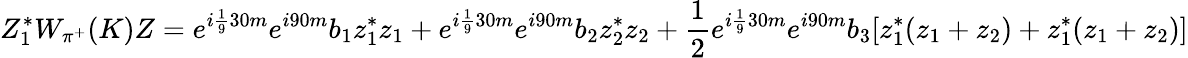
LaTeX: Z_{1}^{*}W_{\pi^{+}}(K)Z=e^{i\frac 1930m}e^{i90m}b_{1}z_{1}^{*}z_{1}+e^{i\frac 1930m}e^{i90m}b_{2}z_{2}^{*}z_{2}+\frac 12e^{i\frac 1930m}e^{i90m}b_{3}[z_{1}^{*}(z_{1}+z_{2})+z_{1}^{*}(z_{1}+z_{2})]